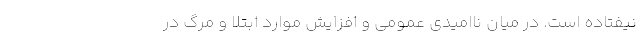
نیفتاده است. در میان ناامیدی عمومی و افزایش موارد ابتلا و مرگ در